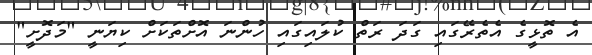
އެ ތޮޅީގެ އެތެރޭގައި ގަދަ ރަތް ކުލައިގައި ހުންނަ އޮށްތަކަށް ކިޔަނީ "މަދޮށީ"